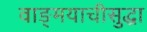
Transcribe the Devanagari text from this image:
वाङ्मयाचीसुद्धा